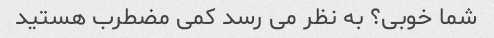
شما خوبی؟ به نظر می رسد کمی مضطرب هستید